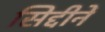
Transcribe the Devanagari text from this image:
सिद्दीनें